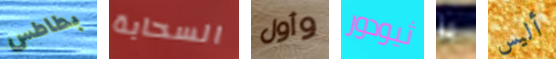
بطاطس السحابة وأول ثيودور بز أليس